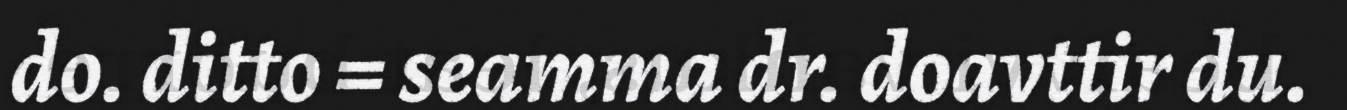
do. ditto = seamma dr. doavttir du.